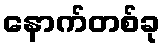
နောက်တစ်ခု